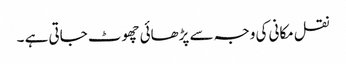
نقل مکانی کی وجہ سے پڑھائی چھوٹ جاتی ہے ۔